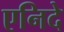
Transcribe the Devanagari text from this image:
एनिदे